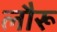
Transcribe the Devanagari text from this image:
लौरू